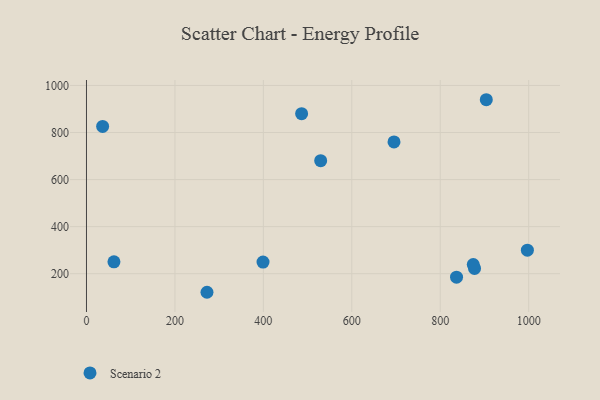
{"axis": {"x": "Ad Spend", "y": "Sales"}, "legend": ["Scenario 2"], "data": [{"x": "399.2", "y": 249.5, "type": "Scenario 2"}, {"x": "877.5", "y": 222.5, "type": "Scenario 2"}, {"x": "272.5", "y": 121.0, "type": "Scenario 2"}, {"x": "486.5", "y": 880.0, "type": "Scenario 2"}, {"x": "997.0", "y": 299.9, "type": "Scenario 2"}, {"x": "874.6", "y": 238.8, "type": "Scenario 2"}, {"x": "836.8", "y": 185.1, "type": "Scenario 2"}, {"x": "529.6", "y": 680.4, "type": "Scenario 2"}, {"x": "695.4", "y": 759.9, "type": "Scenario 2"}, {"x": "36.5", "y": 825.9, "type": "Scenario 2"}, {"x": "904.1", "y": 939.4, "type": "Scenario 2"}, {"x": "62.1", "y": 250.4, "type": "Scenario 2"}]}